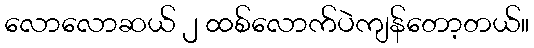
လောလောဆယ် ၂ ထစ်လောက်ပဲကျန်တော့တယ်။